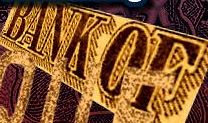
BANKCE